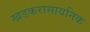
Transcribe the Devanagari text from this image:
खडकरासायनिक